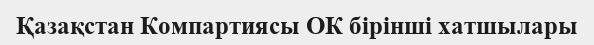
Қазақстан Компартиясы ОК бірінші хатшылары